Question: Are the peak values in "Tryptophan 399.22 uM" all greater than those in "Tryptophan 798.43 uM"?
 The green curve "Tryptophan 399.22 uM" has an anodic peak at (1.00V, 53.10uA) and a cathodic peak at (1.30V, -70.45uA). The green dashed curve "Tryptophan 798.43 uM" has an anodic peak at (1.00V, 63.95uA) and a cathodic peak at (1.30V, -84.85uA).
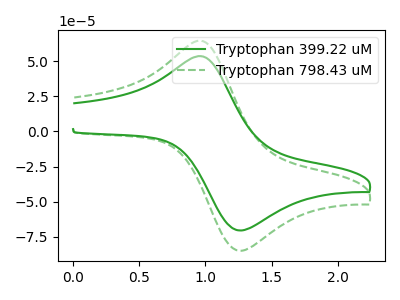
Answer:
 <answer>Every peak in "Tryptophan 399.22 uM" is lower than every peak in "Tryptophan 798.43 uM".</answer>
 <eval>lower</eval>